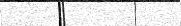
٥٥